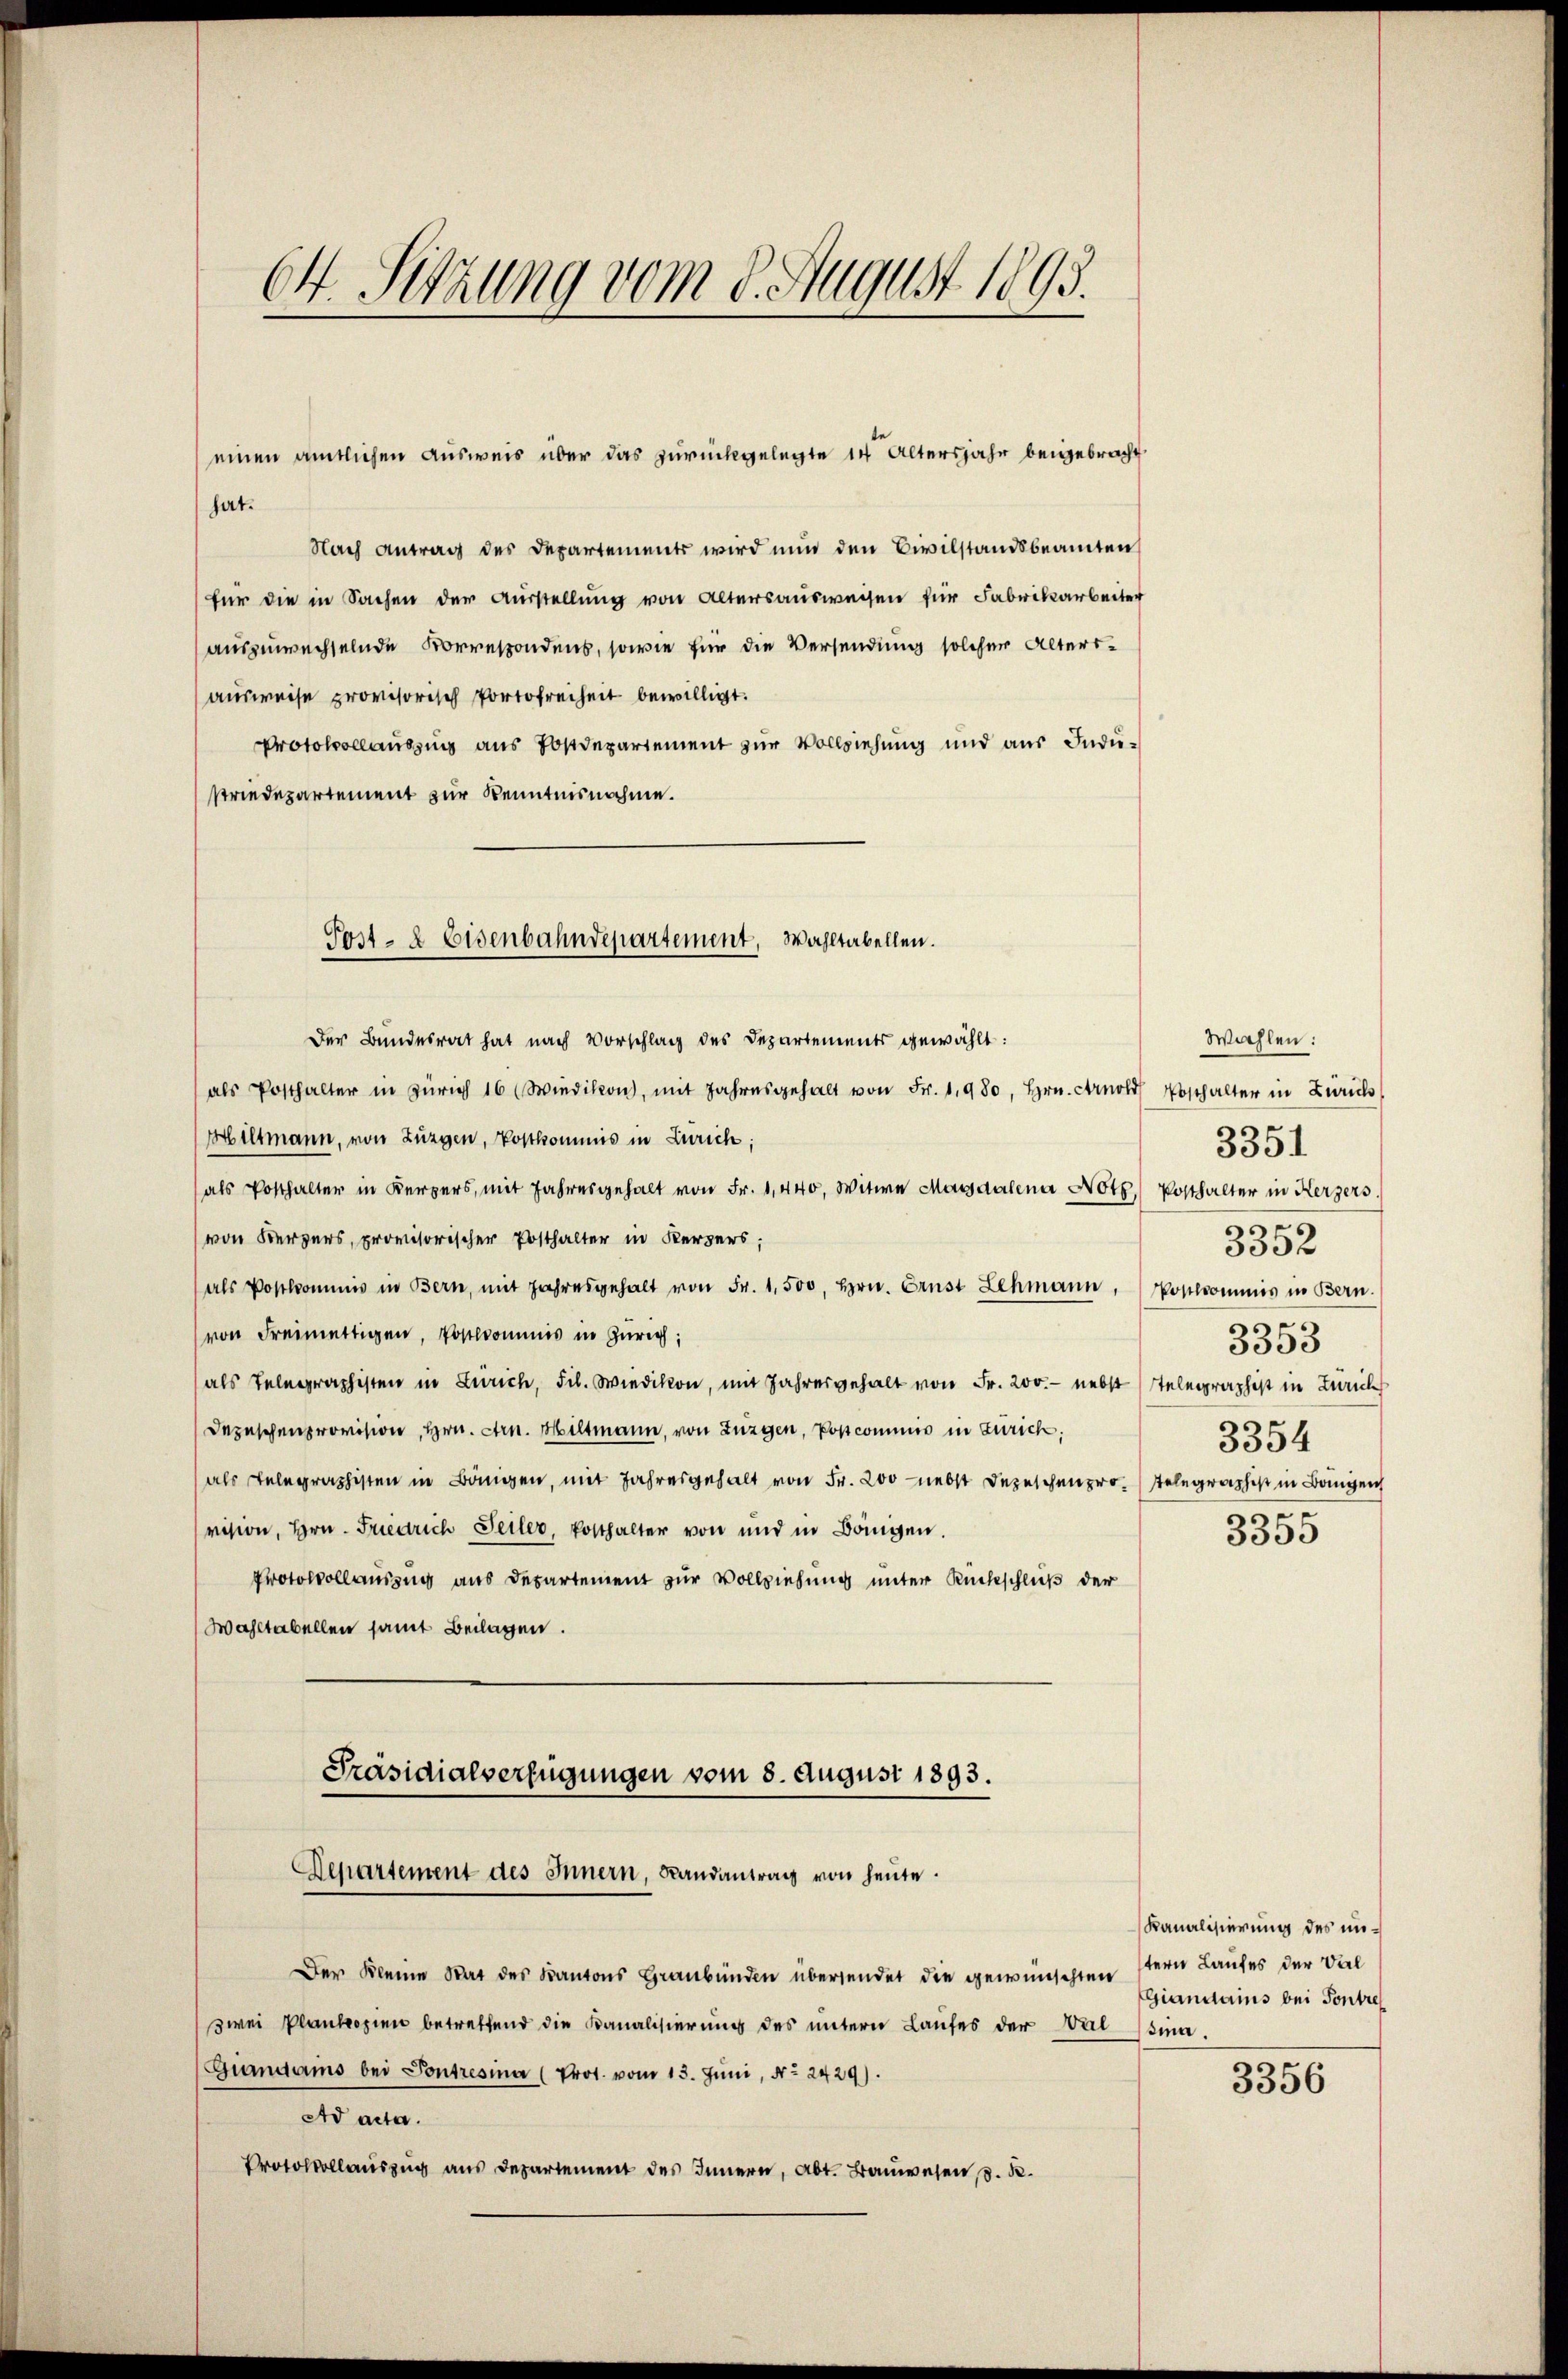
64. Sitzung vom 8. August 1898.

einen amtlichen Ausweis über das zurückgelegte 14 Altersjahr beigebracht
hat.
Nach Antrag des Departements wird nun den Civilstandsbeamten
für die in Sachen der Ausstellŭng von Altersausweisen für Fabrikarbeiter
auszuwechselnde Korrespondens, sowie für die Versendung solcher Altersausweise provisorisch Portofreiheit bewilligt.
Protokollauszug aus Postdepartement zur Vollziehung und aus Indusriedepartement zur Kenntnisnahme.
Der Bundesrat hat nach Vorschlag des Departements gewählt:
als Posthalter in Zürich 16 (Wiedikon, mit Jahresgehalt von Fr. 1980, Hrn. Arnold Posthalter in Zürich
Hiltmann, von Zügen, Postkommis in Zürich;
als Posthalter in Kerpers, mit Jahresgehalt von Fr. 1,440, Witwe Massaalena Notz, Posthalter in Kerzers.
von Bergers, provisorischer Posthalter in Kerpers;
als Postkommis in Bern, mit Jahresgehalt von Fr. 1,500, Hrn. Ernst Schmann,
von Freimettigen, Postkommnis in Zürich,
als Telegraphisten in Zürich, Fil. Wiedikon, mit Jahresgehalt von Fr. 200.- nebst
Depeschenprovision, Hrn. Arn. Hiltmann, von Zungen, Poscommis in Zürich,
(als Telegraphisten in Bännigen, mit Jahresgehalt von Fr. 200 nebst Depeschenprovision, Hrn. Friedrich Teiler, Posthalter von und in Bönigen.
Protocollauszug aus Departement zur Vollziehung unter Rückschluß der
Wahltabellen samt Beilagen.
Präsidialverfügungen vom 8. August 1893.
Departement des Innern, Landantrag von heute.
Der Kleine Rat des Kantons Graubünden übersendet die gewünschten stern Laufes der Val
zwei Plankopien betreffend die Kanalisierung des untern Laufes der Waldina
Giandams bei Pontresina (Prot. vom 13. Juni, No. 2429).
Ad acta.
Protokollauszug aus Departement des Innern, Abt. Bauwesen . .

Post- & Eisenbahndepartement, Wahltabellen.

Wahlen:
s
3352
Postkommnis in Bern.
5
3353
Telegraphist in Zürich
3354
stelegraphist in Bangen
f
5500

3351

Kanalisierung des un¬
Giandains bei Pontre

3356